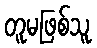
တူမဖြစ်သူ